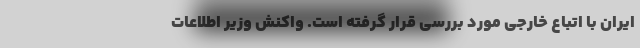
ایران با اتباع خارجی مورد بررسی قرار گرفته است. واکنش وزیر اطلاعات